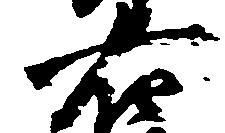
右